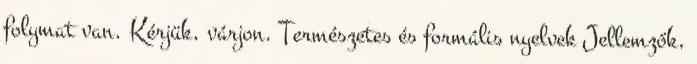
folymat van. Kérjük, várjon. Természetes és formális nyelvek Jellemzők,